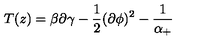
T ( z ) = \beta \partial \gamma - \frac 1 2 ( \partial \phi ) ^ { 2 } - \frac 1 { \alpha _ { + } }